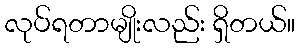
လုပ်ရတာမျိုးလည်း ရှိတယ်။